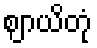
ဈာယိတုံ